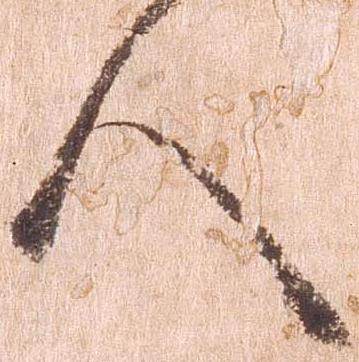
人